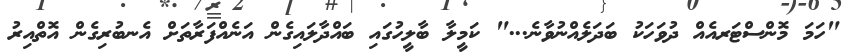
"ހަމަ މޮންސްޓަރއެއް ދުވަހަކު ބަދަލެއްނުވާނެ..." ކަމީލާ ބާލީހުގައި ބައްދާލައިގެން އަނެއްފަރާތަށް އެނބުރިގެން އޮތްއިރު